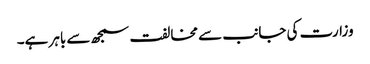
وزارت کی جانب سے مخالفت سمجھ سے باہر ہے۔